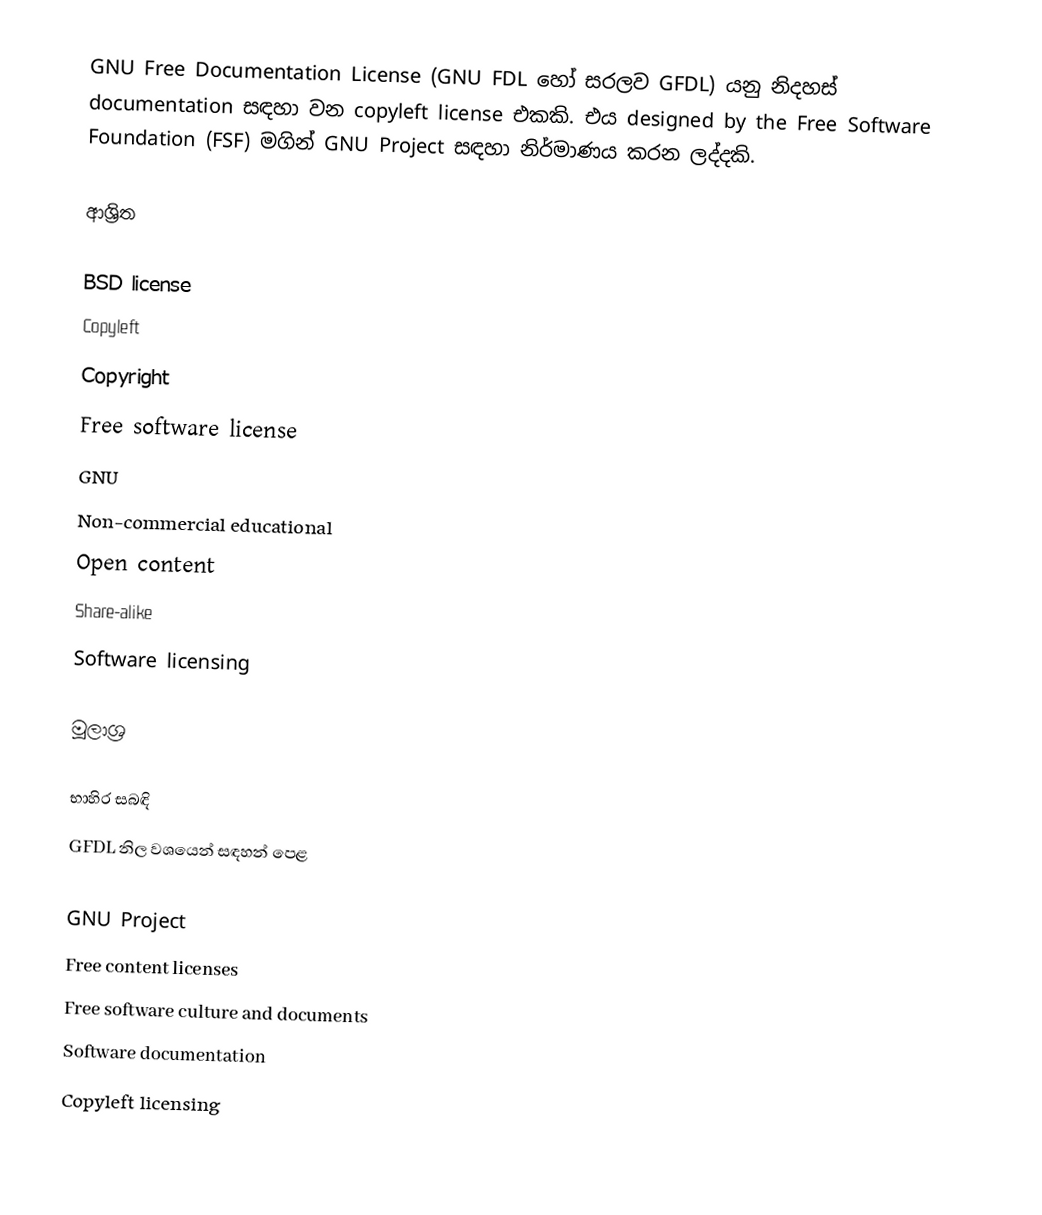
GNU Free Documentation License (GNU FDL හෝ සරලව GFDL) යනු නිදහස් documentation සඳහා වන  copyleft license එකකි. එය designed by the Free Software Foundation (FSF) මගින් GNU Project සඳහා නිර්මාණය කරන ලද්දකි.

ආශ්‍රිත

 BSD license
 Copyleft
 Copyright
 Free software license
 GNU
 Non-commercial educational
 Open content
 Share-alike
 Software licensing

මූලාශ්‍ර

භාහිර සබඳි
 GFDL නිල වශයෙන් සඳහන් පෙළ

GNU Project
Free content licenses
Free software culture and documents
Software documentation
Copyleft licensing